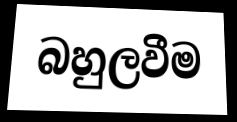
බහුලවීම